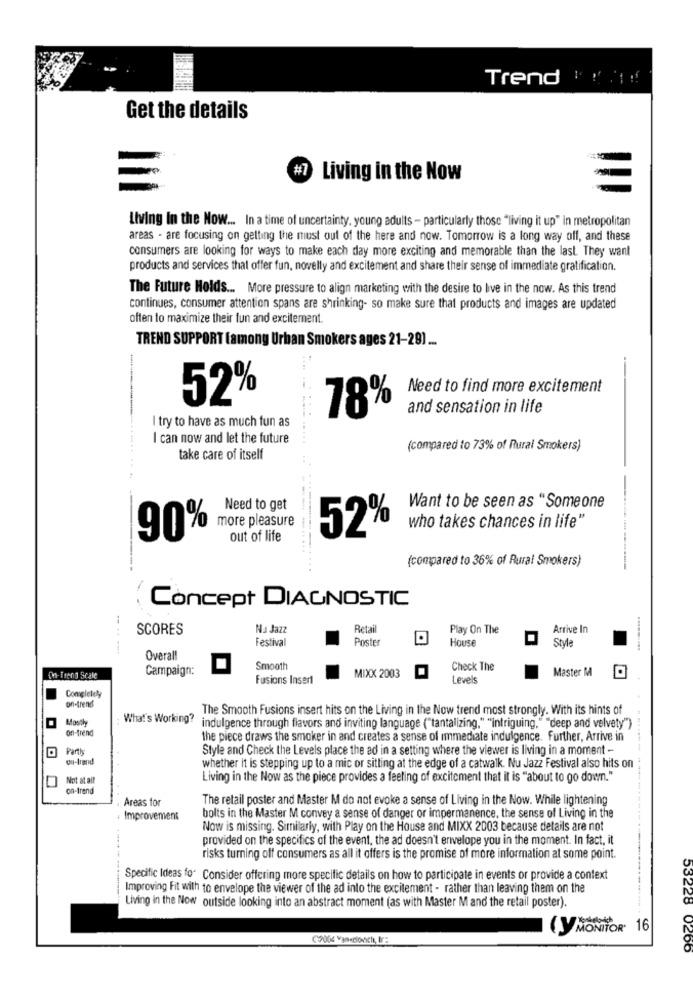
Trend
Get the details
#7 Living in the Now
Living In the Now ... In a time of uncertainty, young adults - particularly those "living it up" in metropolitan
areas - are focusing on getting the must out of the here and now. Tomorrow is a long way off, and these
consumers are looking for ways to make each day more exciting and memorable than the last. They want
products and services that offer fun, novelly and excitement and share their sense of immediate gratification.
The Future Holds ... More pressure to align marketing with the desire to live in the now. As this trend
continues, consumer attention spans are shrinking- so make sure that products and images are updated
often to maximize their fun and excitement
TREND SUPPORT (among Urban Smokers ages 21-29) ...
---
Need to find more excitement
52%
and sensation in life
78%
I try to have as much fun as
I can now and let the future
(compared to 73% of Rural Smokers)
take care of itself
Need to get
Want to be seen as "Someone
more pleasure
who takes chances in life"
90%
52%
out of life
(compared to 36% of Rural Smokers)
Concept DIAGNOSTIC
SCORES
Na Jazz
Retail
Play On The
Arrive In
Festival
Poster
House
Style
Overall
Campaign:
Smooth
Check The
Master M
On-Trend Scale
Fusions Insert
MIXX 2003
Levels
Conigletey
on-trend
The Smooth Fusions insert hits on the Living in the Now trend most strongly. With its hints of
Mostly
What's Working?
on-trend
indulgence through flavors and inviting language ("tantalizing," "intriguing." "deep and velvety")
the piece draws the smoker in and creates a sense of immediate indulgence. Further, Arrive in
Parth
Style and Check the Levels place the ad in a setting where the viewer is living in a moment -
out-trend
whether it is stepping up to a mic or sitting at the edge of a catwalk. Nu Jazz Festival also hits on
Not at all
Living in the Now as the piece provides a feeling of excitement that it is "about to go down."
on-trend
Areas for
The retail poster and Master M do not evoke a sense of Living in the Now. While lightening
Improvement
bolts in the Master M convey a sense of danger or impermanence, the sense of Living in the
Now is missing. Similarly, with Play on the House and MIXX 2003 because details are not
provided on the specifics of the event, the ad doesn't envelope you in the moment. In fact, it
risks turning off consumers as all it offers is the promise of more information at some point.
Specific Ideas for Consider offering more specific details on how to participate in events or provide a context
Improving Fit with to envelope the viewer of the ad into the excitement - rather than leaving them on the
53228
Living in the Now outside looking into an abstract moment (as with Master M and the retail poster).
(Y MONITOR 16
0266